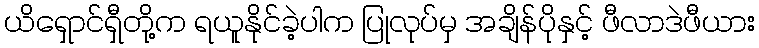
ယိရှောင်ရှီတို့က ရယူနိုင်ခဲ့ပါက ပြုလုပ်မှ အချိန်ပိုနှင့် ဖီလာဒဲဖီယား